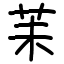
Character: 苿